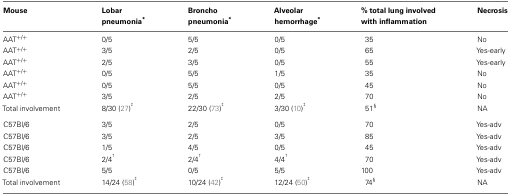
<table><thead><tr><td><b>Mouse</b></td><td><b>Lobar pneumonia*</b></td><td><b>Broncho pneumonia*</b></td><td><b>Alveolar hemorrhage*</b></td><td><b>% total lung involved with inflammation</b></td><td><b>Necrosis</b></td></tr></thead><tbody><tr><td>AAT<sup>+/+</sup></td><td>0/5</td><td>5/5</td><td>0/5</td><td>35</td><td>No</td></tr><tr><td>AAT<sup>+/+</sup></td><td>3/5</td><td>2/5</td><td>0/5</td><td>65</td><td>Yes-early</td></tr><tr><td>AAT<sup>+/+</sup></td><td>2/5</td><td>3/5</td><td>0/5</td><td>55</td><td>Yes-early</td></tr><tr><td>AAT<sup>+/+</sup></td><td>0/5</td><td>5/5</td><td>1/5</td><td>35</td><td>No</td></tr><tr><td>AAT<sup>+/+</sup></td><td>0/5</td><td>5/5</td><td>0/5</td><td>45</td><td>No</td></tr><tr><td>AAT<sup>+/+</sup></td><td>3/5</td><td>2/5</td><td>2/5</td><td>70</td><td>No</td></tr><tr><td>Total involvement</td><td>8/30 (27)<sup>‡</sup></td><td>22/30 (73)<sup>‡</sup></td><td>3/30 (10)<sup>‡</sup></td><td>51<sup>§</sup></td><td>NA</td></tr><tr><td>C57Bl/6</td><td>3/5</td><td>2/5</td><td>0/5</td><td>70</td><td>Yes-adv</td></tr><tr><td>C57Bl/6</td><td>3/5</td><td>2/5</td><td>3/5</td><td>85</td><td>Yes-adv</td></tr><tr><td>C57Bl/6</td><td>1/5</td><td>4/5</td><td>0/5</td><td>45</td><td>Yes-adv</td></tr><tr><td>C57Bl/6</td><td>2/4<sup>†</sup></td><td>2/4<sup>†</sup></td><td>4/4<sup>†</sup></td><td>70</td><td>Yes-adv</td></tr><tr><td>C57Bl/6</td><td>5/5</td><td>0/5</td><td>5/5</td><td>100</td><td>Yes-adv</td></tr><tr><td>Total involvement</td><td>14/24 (58)<sup>‡</sup></td><td>10/24 (42)<sup>‡</sup></td><td>12/24 (50)<sup>‡</sup></td><td>74<sup>§</sup></td><td>NA</td></tr></tbody></table>